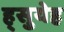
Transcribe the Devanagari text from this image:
ह्सुयेह